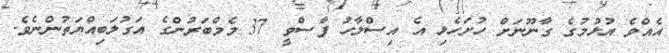
އެއްވެ އުޅުމުގެ ގާނޫނަށް ހުށަހެޅި އެ އިސްލާހު ފާސްވީ 37 މެމްބަރުންގެ އަގުލަބިއްޔަތުންނެވެ.